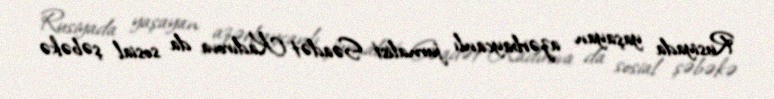
Rusiyada yaşayan azərbaycanlı jurnalist Səadət Kadırova da sosial şəbəkə